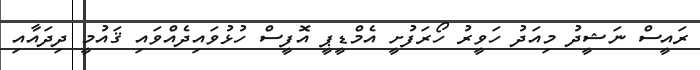
ރައީސް ނަޝީދު މިއަދު ހަވީރު ހޯރަފުށީ އެމްޑީޕީ އޮފީސް ހުޅުވައިދެއްވައި ޤައުމީ ދިދައާއި